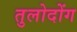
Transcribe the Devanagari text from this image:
तुलोदोंग